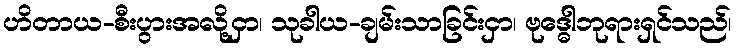
ဟိတာယ-စီးပွားအလို့ငှာ၊ သုခါယ-ချမ်းသာခြင်းငှာ၊ ဗုဒ္ဓေါဘုရားရှင်သည်၊